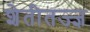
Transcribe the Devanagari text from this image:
शेतीतज्‍ज्ञ